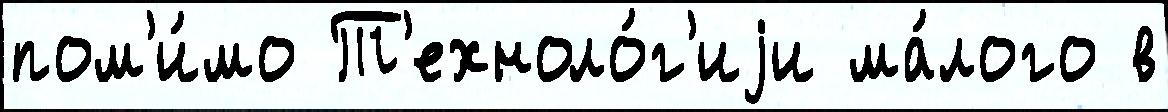
пом'и́мо Т'ехноло́г'иjи ма́лого в